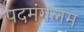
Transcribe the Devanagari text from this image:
पदमंगलम